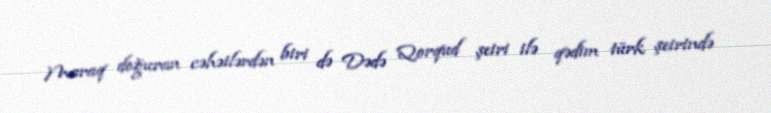
Maraq doğuran cəhətlərdən biri də Dədə Qorqud şeiri ilə qədim türk şeirində